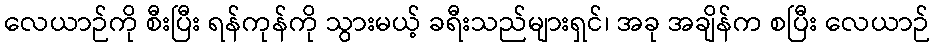
လေယာဉ်ကို စီးပြီး ရန်ကုန်ကို သွားမယ့် ခရီးသည်များရှင်၊ အခု အချိန်က စပြီး လေယာဉ်